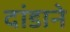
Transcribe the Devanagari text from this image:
दांडाने